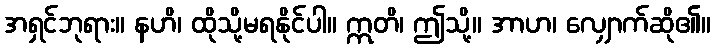
အရှင်ဘုရား။ နဟိ၊ ထိုသို့မရနိုင်ပါ။ ဣတိ၊ ဤသို့။ အာဟ၊ လျှောက်ဆို၏။